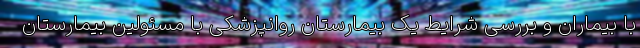
با بیماران و بررسی شرایط یک بیمارستان روانپزشکی با مسئولین بیمارستان